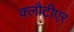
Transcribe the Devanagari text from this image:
क्लौटीएर